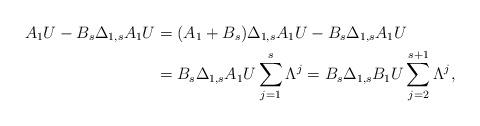
LaTeX: \begin{align*}A_1U-B_s\Delta_{1,s}A_1U &=(A_1+B_s)\Delta_{1,s}A_1U-B_s\Delta_{1,s}A_1U\\&= B_s\Delta_{1,s}A_1U\sum\limits_{j=1}^s \Lambda^j =B_s\Delta_{1,s}B_1 U \sum\limits_{j=2}^{s+1} \Lambda^j,\end{align*}